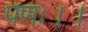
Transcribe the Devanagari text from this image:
पणः।।